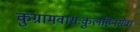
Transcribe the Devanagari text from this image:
कुग्रामवासःकुलहिनसेवा